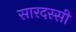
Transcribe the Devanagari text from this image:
सारदस्सी